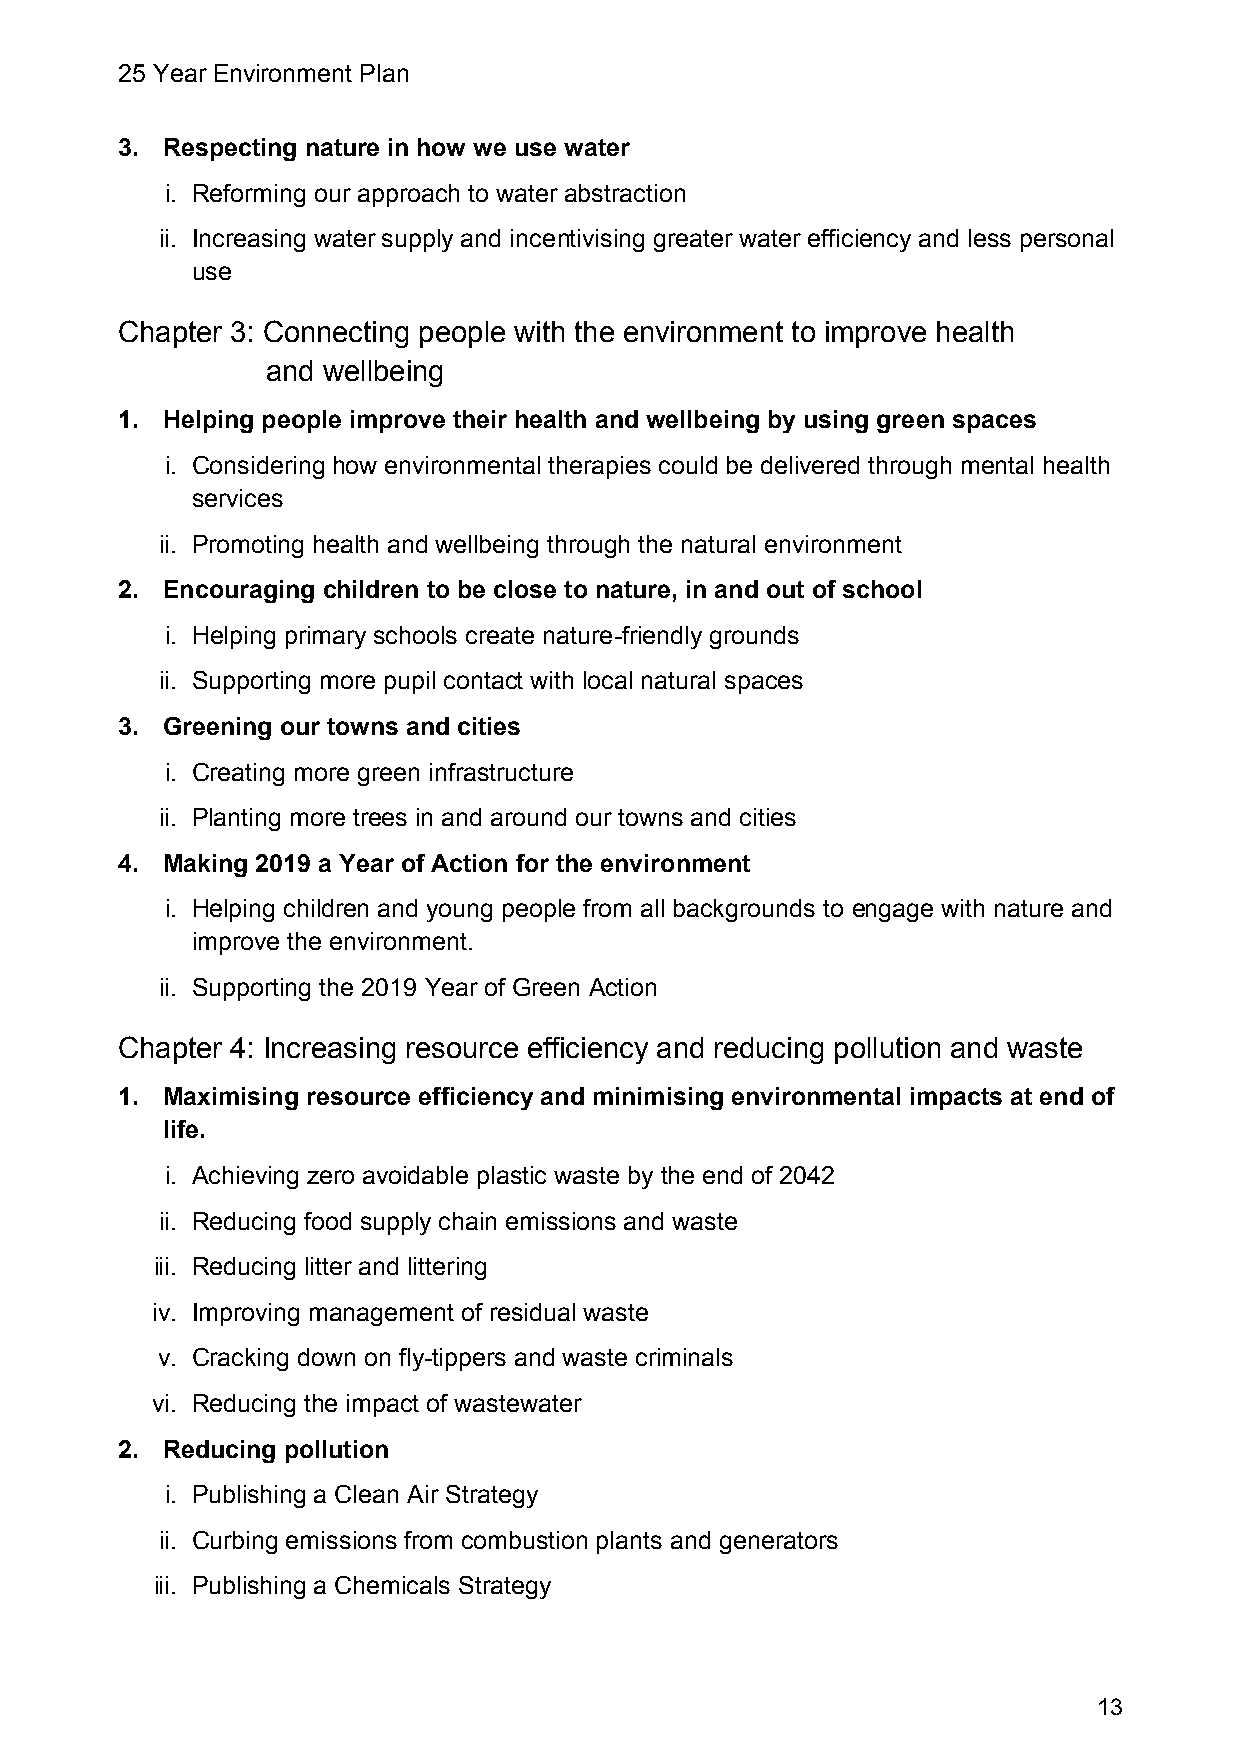
25 Year Environment Plan
 3. Respecting nature in how we use water
 i. Reforming our approach to water abstraction
 ii. Increasing water supply and incentivising greater water efficiency and less personal
 use
 Chapter 3: Connecting people with the environment to improve health
 and wellbeing
 1. Helping people improve their health and wellbeing by using green spaces
 i. Considering how environmental therapies could be delivered through mental health
 services
 ii. Promoting health and wellbeing through the natural environment
 2. Encouraging children to be close to nature, in and out of school
 i. Helping primary schools create nature-friendly grounds
 ii. Supporting more pupil contact with local natural spaces
 3. Greening our towns and cities
 i. Creating more green infrastructure
 ii. Planting more trees in and around our towns and cities
 4. Making 2019 a Year of Action for the environment
 i. Helping children and young people from all backgrounds to engage with nature and
 improve the environment.
 ii. Supporting the 2019 Year of Green Action
 Chapter 4: Increasing resource efficiency and reducing pollution and waste
 1. Maximising resource efficiency and minimising environmental impacts at end of
 life.
 i. Achieving zero avoidable plastic waste by the end of 2042
 ii. Reducing food supply chain emissions and waste
 iii. Reducing litter and littering
 iv. Improving management of residual waste
 v. Cracking down on fly-tippers and waste criminals
 vi. Reducing the impact of wastewater
 2. Reducing pollution
 i. Publishing a Clean Air Strategy
 ii. Curbing emissions from combustion plants and generators
 iii. Publishing a Chemicals Strategy
 13